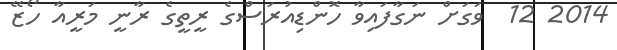
2014 12  ވަގަށް ނަގާފައިވާ ހޮންޑިއުރަސްގެ ރީތީގެ ރާނީ މަރީއާ ހޯޒޭ